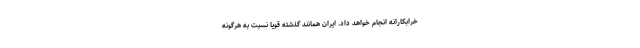
خرابکارانه انجام خواهد داد. ایران همانند گذشته قویا نسبت به هرگونه